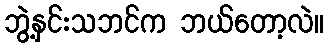
ဘွဲ့နှင်းသဘင်က ဘယ်တော့လဲ။